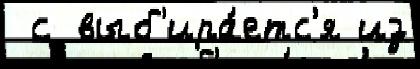
 с выб'ира́етс'я из